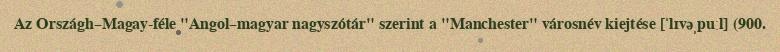
Az Országh–Magay-féle "Angol–magyar nagyszótár" szerint a "Manchester" városnév kiejtése [ˈlɪvəˌpuːl] (900.